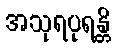
အသုရပုရန္တိ